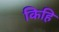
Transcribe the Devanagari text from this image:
किहि